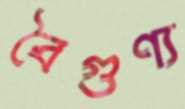
বৈগুণ্য